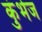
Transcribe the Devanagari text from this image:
कुंभेज